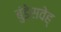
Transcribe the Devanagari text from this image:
बुंडेसवेह्